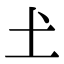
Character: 𡈽